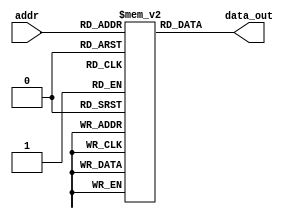
module InstMem (input [5:0] addr, output [31:0] data_out);
 reg [31:0] mem [0:63];
 assign data_out = mem[addr];
 initial begin
        mem[0]=32'h00000083; 
        mem[1]=32'h00100103 ;                               
        mem[2]=32'h002081b3 ;                               
        mem[3]=32'h40218233 ;                                
        mem[4]=32'h002212b3 ;                               
        mem[5]=32'h0012a333 ;                               
        mem[6]=32'h002333b3;
        mem[7]=32'h0063c433;
        mem[8]=32'h100073;
        mem[9]=32'h0000000f;
        mem[10]=32'h007454b3;
        mem[11]=32'h4020d533;
        mem[12]=32'h0024e5b3;
        mem[13]=32'h00b57633;
        mem[14]=32'h00000073;
        mem[15]=32'h002086b3;
        mem[16]=32'h40208733;
        mem[17]=32'h00508793;
        /*mem[6]=32'b0000000_00010_00011_000_00101_0110011 ; //add x5, x3, x2
        mem[7]=32'b0000000_00101_00000_010_01100_0100011; //sw x5, 12(x0)
        mem[8]=32'b000000001100_00000_010_00110_0000011 ; //lw x6, 12(x0)
        mem[9]=32'b0000000_00001_00110_111_00111_0110011 ; //and x7, x6, x1
        mem[10]=32'b0100000_00010_00001_000_01000_0110011 ; //sub x8, x1, x2
        mem[11]=32'b0000000_00010_00001_000_00000_0110011 ; //add x0, x1, x2
        mem[12]=32'b0000000_00001_00000_000_01001_0110011 ; //add x9, x0, x1*/
   end

endmodule